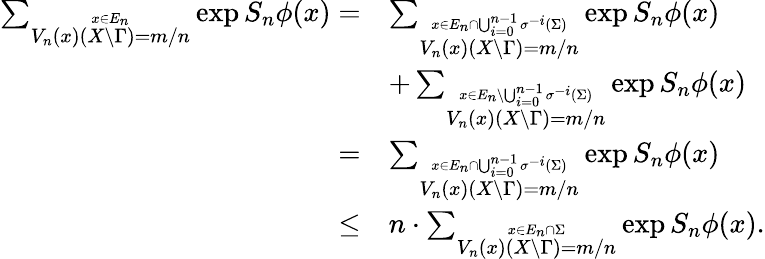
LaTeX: \begin{array}{rl}{\sum_{\stackrel{x\in E_{n}}{V_{n}(x)(X\setminus\Gamma)=m/n}}\exp S_{n}\phi(x)=}&{\sum_{\stackrel{x\in E_{n}\cap\bigcup_{i=0}^{n-1}\sigma^{-i}(\Sigma)}{V_{n}(x)(X\setminus\Gamma)=m/n}}\exp S_{n}\phi(x)}\\ &{+\sum_{\stackrel{x\in E_{n}\setminus\bigcup_{i=0}^{n-1}\sigma^{-i}(\Sigma)}{V_{n}(x)(X\setminus\Gamma)=m/n}}\exp S_{n}\phi(x)}\\ {=}&{\sum_{\stackrel{x\in E_{n}\cap\bigcup_{i=0}^{n-1}\sigma^{-i}(\Sigma)}{V_{n}(x)(X\setminus\Gamma)=m/n}}\exp S_{n}\phi(x)}\\ {\leq}&{n\cdot\sum_{\stackrel{x\in E_{n}\cap\Sigma}{V_{n}(x)(X\setminus\Gamma)=m/n}}\exp S_{n}\phi(x).}\end{array}